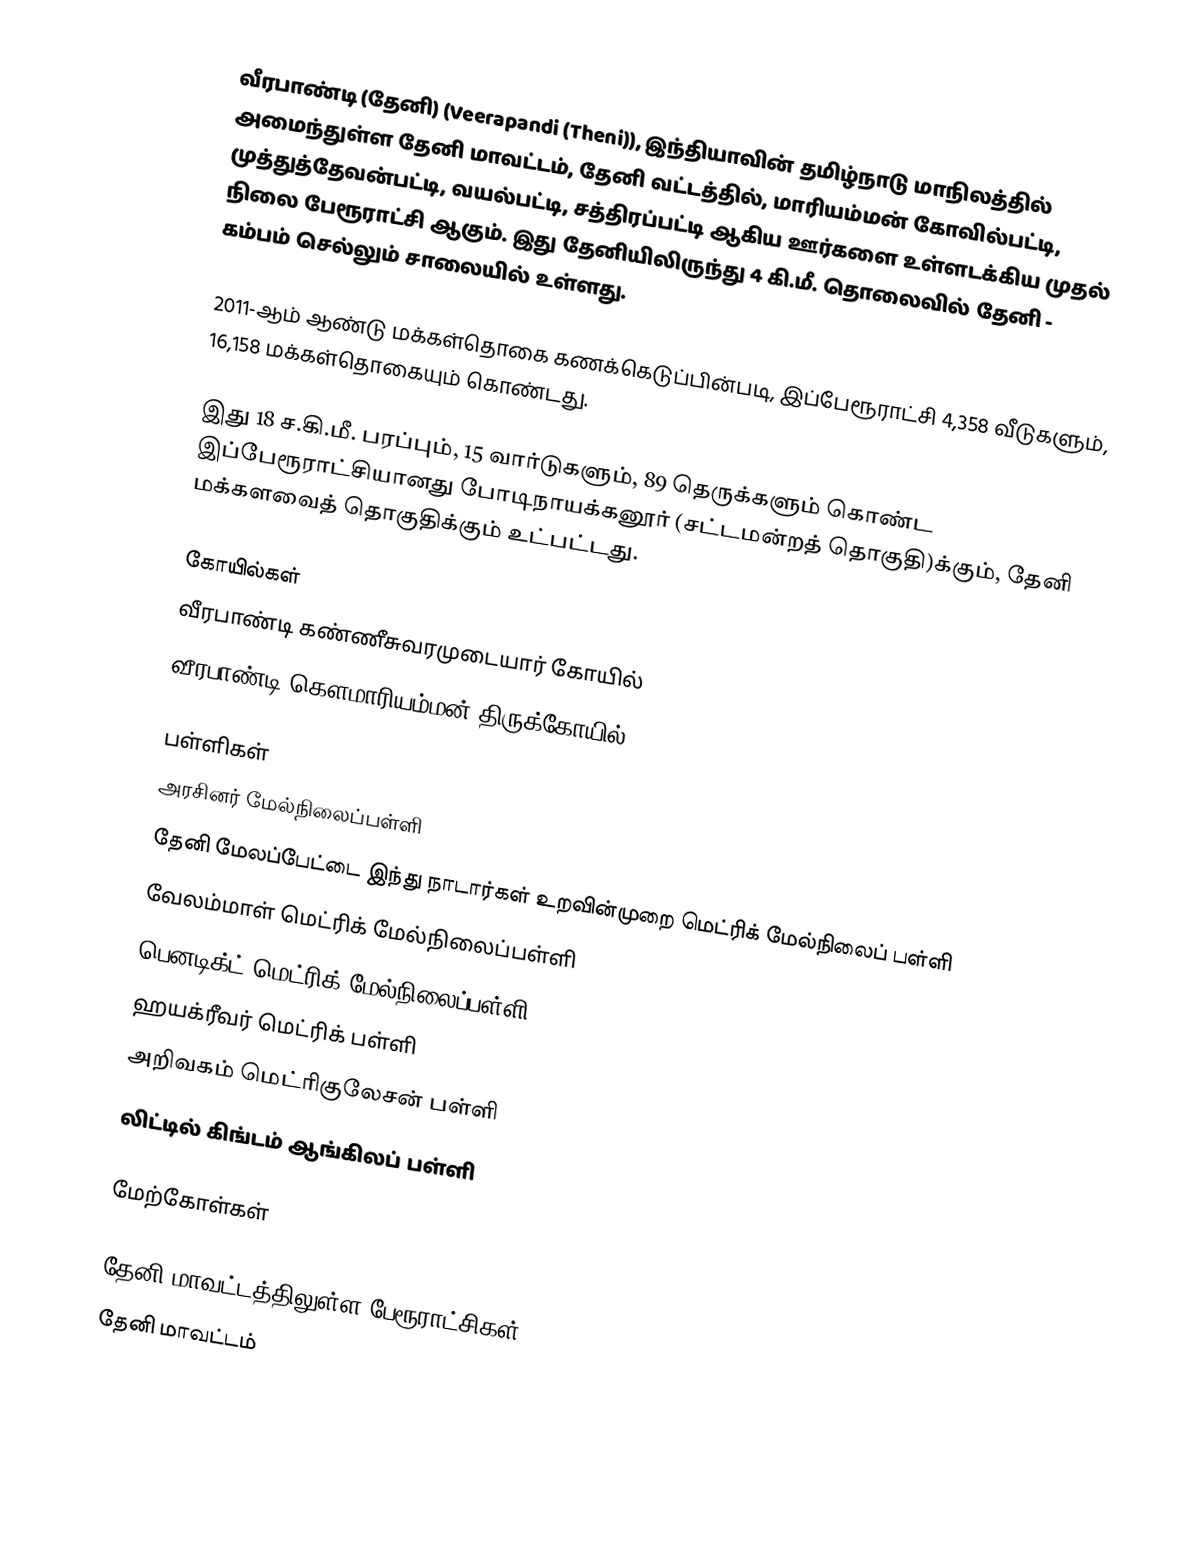
வீரபாண்டி (தேனி)  (Veerapandi (Theni)), இந்தியாவின் தமிழ்நாடு மாநிலத்தில் அமைந்துள்ள தேனி மாவட்டம், தேனி வட்டத்தில்,  மாரியம்மன் கோவில்பட்டி, முத்துத்தேவன்பட்டி, வயல்பட்டி, சத்திரப்பட்டி ஆகிய ஊர்களை உள்ளடக்கிய முதல் நிலை பேரூராட்சி ஆகும். இது தேனியிலிருந்து 4 கி.மீ. தொலைவில் தேனி - கம்பம் செல்லும் சாலையில் உள்ளது.

2011-ஆம் ஆண்டு மக்கள்தொகை கணக்கெடுப்பின்படி,   இப்பேரூராட்சி 4,358 வீடுகளும், 16,158 மக்கள்தொகையும் கொண்டது.

இது 18 ச.கி.மீ. பரப்பும்,   15  வார்டுகளும், 89 தெருக்களும் கொண்ட இப்பேரூராட்சியானது போடிநாயக்கனூர் (சட்டமன்றத் தொகுதி)க்கும், தேனி மக்களவைத் தொகுதிக்கும் உட்பட்டது.

கோயில்கள்
 வீரபாண்டி கண்ணீசுவரமுடையார் கோயில்
 வீரபாண்டி கௌமாரியம்மன் திருக்கோயில்

பள்ளிகள்
 அரசினர் மேல்நிலைப்பள்ளி
 தேனி மேலப்பேட்டை இந்து நாடார்கள் உறவின்முறை மெட்ரிக் மேல்நிலைப் பள்ளி
 வேலம்மாள் மெட்ரிக் மேல்நிலைப்பள்ளி
 பெனடிக்ட் மெட்ரிக் மேல்நிலைப்பள்ளி
 ஹயக்ரீவர் மெட்ரிக் பள்ளி
 அறிவகம் மெட்ரிகுலேசன் பள்ளி
 லிட்டில் கிங்டம் ஆங்கிலப் பள்ளி

மேற்கோள்கள்

தேனி மாவட்டத்திலுள்ள பேரூராட்சிகள்
தேனி மாவட்டம்